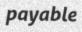
payable